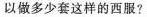
以做多少套这样的西服?